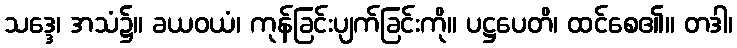
သဒ္ဒေ၊ အသံ၌။ ခယဝယံ၊ ကုန်ခြင်းပျက်ခြင်းကို။ ပဋ္ဌပေတိ၊ ထင်စေ၏။ တဒါ၊